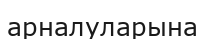
арналуларына